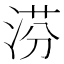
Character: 𣶼